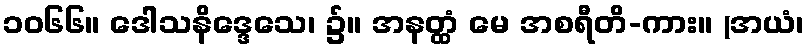
၁၀၆၆။ ဒေါသနိဒ္ဒေသေ၊ ၌။ အနတ္ထံ မေ အစရီတိ-ကား။ (အယံ၊